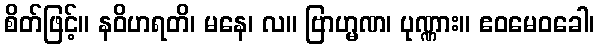
စိတ်ဖြင့်။ နဝိဟရတိ၊ မနေ၊ လ။ ဗြာဟ္မဏ၊ ပုဏ္ဏား။ ဧဝမေဝခေါ၊